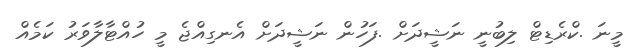
މީނަ .ކްރެޑިޓް ލިބުނީ ނަޝީދަށް .ފަހުން ނަޝީދަށް އެނގިއްޖެ މީ ހުއްޓާލާވަރު ކަމެއް